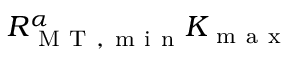
R _ { \mathrm { ~ M ~ T ~ , ~ m ~ i ~ n ~ } } ^ { \alpha } K _ { \mathrm { ~ m ~ a ~ x ~ } }